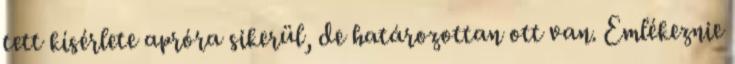
tett kísérlete apróra sikerül, de határozottan ott van. Emlékeznie